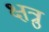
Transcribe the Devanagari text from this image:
क्षत्रु